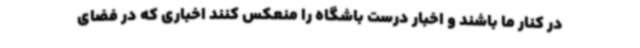
در کنار ما باشند و اخبار درست باشگاه را منعکس کنند اخباری که در فضای